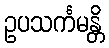
ဥပသင်္ကမန္တိ